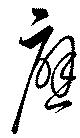
応